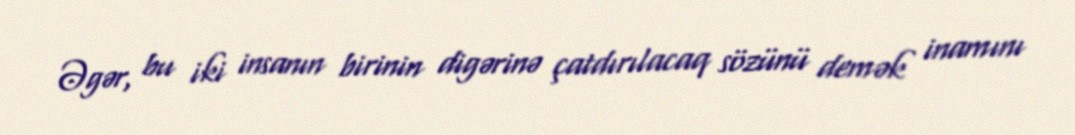
Əgər, bu iki insanın birinin digərinə çatdırılacaq sözünü demək inamını